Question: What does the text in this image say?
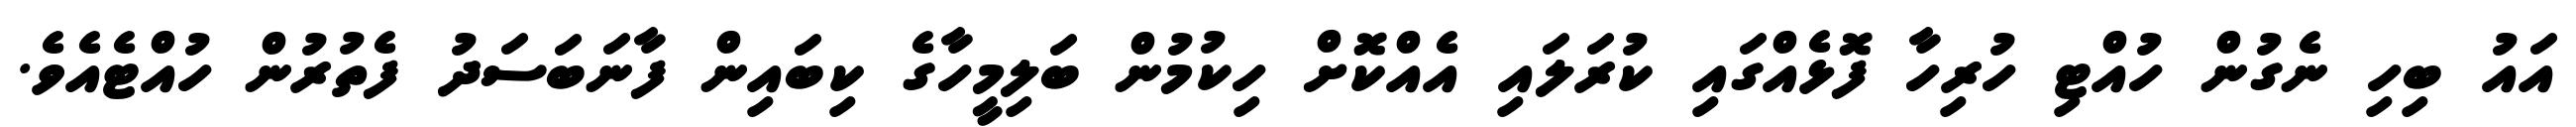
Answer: އައު ބިހި ނެގުން ހުއްޓި ހުރިހާ ފޮޅެއްގައި ކުރަލައި އެއްކޮށް ހިކުމުން ބަލިމީހާގެ ކިބައިން ފާނަބަސަދު ފެތުރުން ހުއްޓެއެވެ.